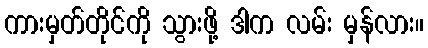
ကားမှတ်တိုင်ကို သွားဖို့ ဒါက လမ်း မှန်လား။